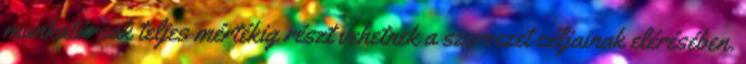
munkatársak teljes mértékig részt vehetnek a szervezet céljainak elérésében.